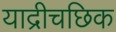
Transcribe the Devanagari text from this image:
याद्रीचछिक